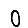
Digit: 0